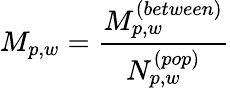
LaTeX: M_{p,w}=\frac{M_{p,w}^{(between)}}{N_{p,w}^{(pop)}}